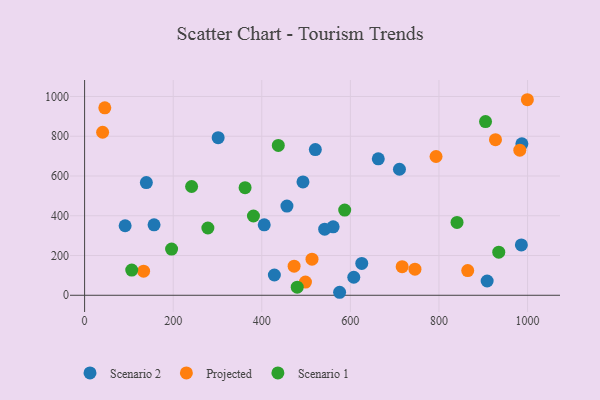
{"axis": {"x": "Speed", "y": "Salary"}, "legend": ["Projected", "Scenario 1", "Scenario 2"], "data": [{"x": "561.1", "y": 344.5, "type": "Scenario 2"}, {"x": "156.8", "y": 354.3, "type": "Scenario 2"}, {"x": "625.7", "y": 160.1, "type": "Scenario 2"}, {"x": "986.0", "y": 253.3, "type": "Scenario 2"}, {"x": "987.2", "y": 761.9, "type": "Scenario 2"}, {"x": "301.5", "y": 792.8, "type": "Scenario 2"}, {"x": "607.7", "y": 90.7, "type": "Scenario 2"}, {"x": "456.8", "y": 448.9, "type": "Scenario 2"}, {"x": "710.8", "y": 633.9, "type": "Scenario 2"}, {"x": "493.0", "y": 570.4, "type": "Scenario 2"}, {"x": "575.7", "y": 15.1, "type": "Scenario 2"}, {"x": "139.4", "y": 567.1, "type": "Scenario 2"}, {"x": "663.0", "y": 686.6, "type": "Scenario 2"}, {"x": "405.5", "y": 354.4, "type": "Scenario 2"}, {"x": "520.9", "y": 732.8, "type": "Scenario 2"}, {"x": "91.5", "y": 349.7, "type": "Scenario 2"}, {"x": "908.8", "y": 71.7, "type": "Scenario 2"}, {"x": "542.0", "y": 332.3, "type": "Scenario 2"}, {"x": "428.4", "y": 102.1, "type": "Scenario 2"}, {"x": "498.6", "y": 66.6, "type": "Projected"}, {"x": "927.6", "y": 782.9, "type": "Projected"}, {"x": "999.6", "y": 983.7, "type": "Projected"}, {"x": "745.8", "y": 131.4, "type": "Projected"}, {"x": "133.2", "y": 121.0, "type": "Projected"}, {"x": "45.6", "y": 943.0, "type": "Projected"}, {"x": "716.9", "y": 143.8, "type": "Projected"}, {"x": "982.5", "y": 729.9, "type": "Projected"}, {"x": "513.4", "y": 181.5, "type": "Projected"}, {"x": "793.4", "y": 698.0, "type": "Projected"}, {"x": "40.7", "y": 820.2, "type": "Projected"}, {"x": "473.0", "y": 146.2, "type": "Projected"}, {"x": "864.9", "y": 124.3, "type": "Projected"}, {"x": "196.4", "y": 232.6, "type": "Scenario 1"}, {"x": "437.3", "y": 753.7, "type": "Scenario 1"}, {"x": "241.6", "y": 547.1, "type": "Scenario 1"}, {"x": "480.0", "y": 40.6, "type": "Scenario 1"}, {"x": "362.3", "y": 541.1, "type": "Scenario 1"}, {"x": "381.2", "y": 398.7, "type": "Scenario 1"}, {"x": "106.4", "y": 126.8, "type": "Scenario 1"}, {"x": "840.8", "y": 366.6, "type": "Scenario 1"}, {"x": "278.3", "y": 338.5, "type": "Scenario 1"}, {"x": "587.2", "y": 428.4, "type": "Scenario 1"}, {"x": "935.0", "y": 216.7, "type": "Scenario 1"}, {"x": "905.1", "y": 874.0, "type": "Scenario 1"}]}